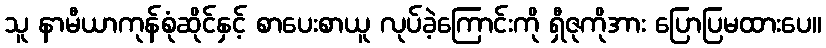
သူ နာမီယာကုန်စုံဆိုင်နှင့် စာပေးစာယူ လုပ်ခဲ့ကြောင်းကို ရှီဇုကိုအား ပြောပြမထားပေ။